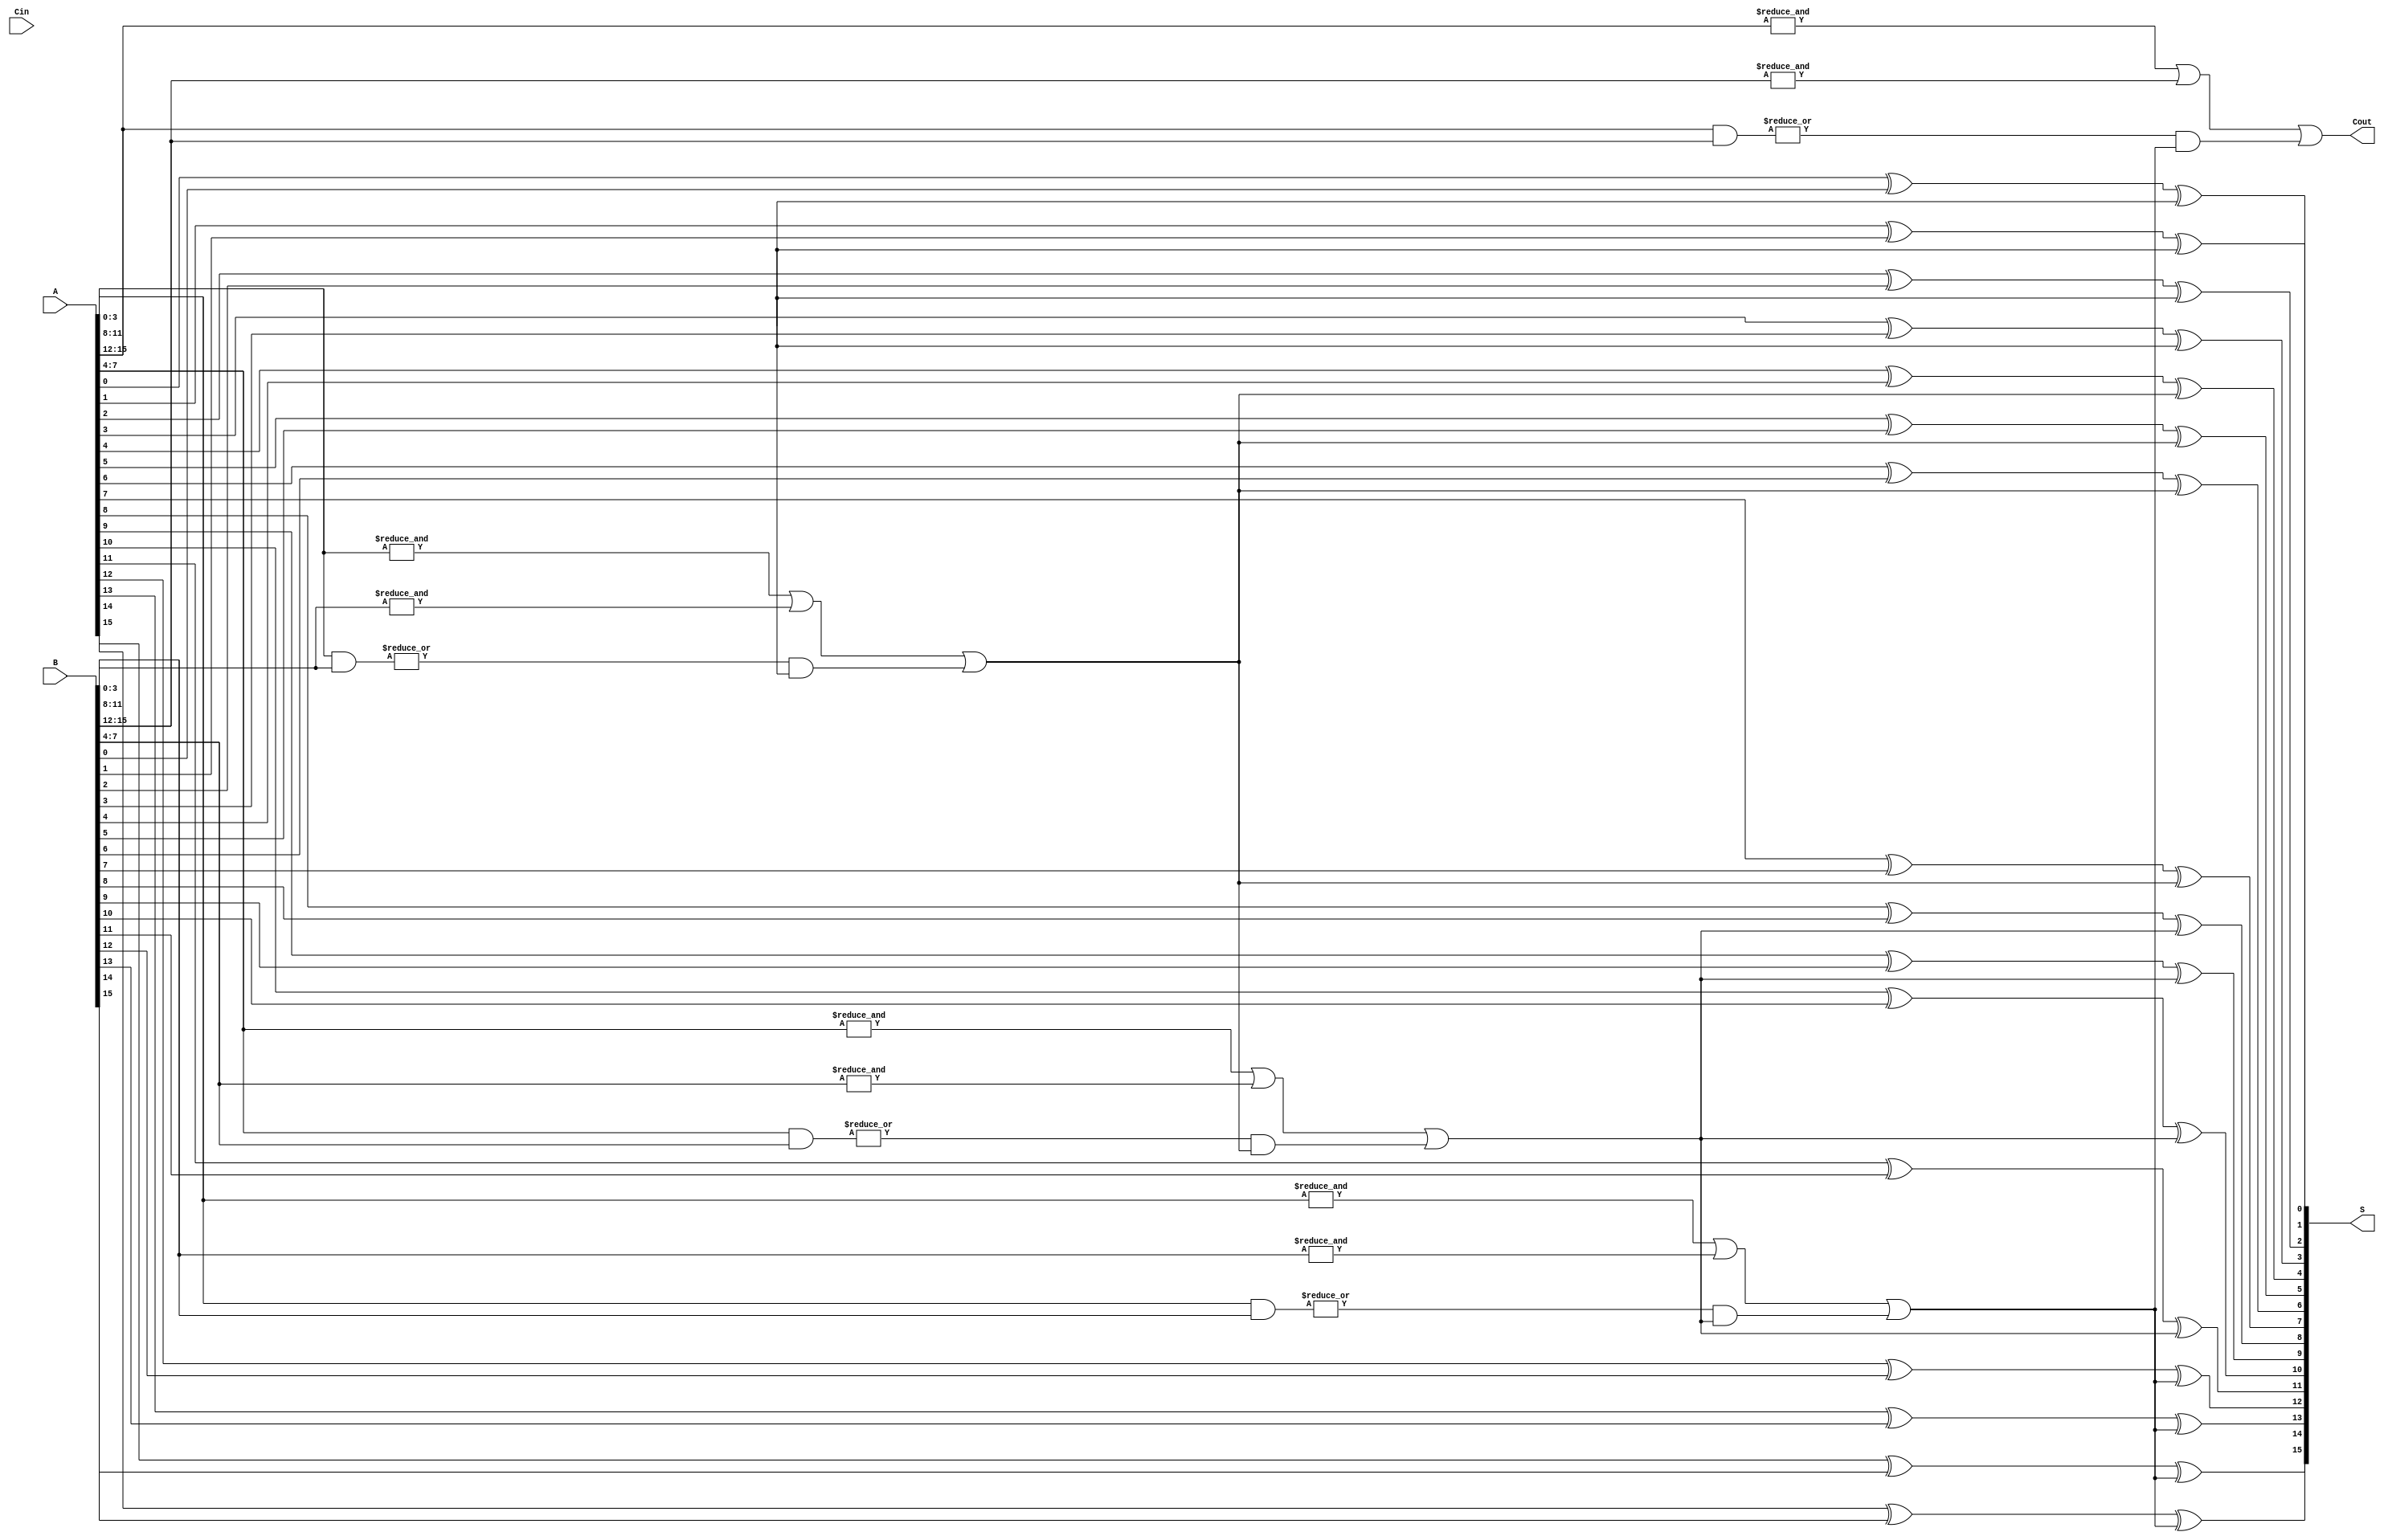
module PrecomputationCarryAdder #(
    parameter N = 16 // Total number of bits for input A and B
) (
    input  [N-1:0] A,    // First n-bit binary number
    input  [N-1:0] B,    // Second n-bit binary number
    input          Cin,   // Carry-in signal
    output [N-1:0] S,    // Sum output
    output         Cout    // Carry-out signal
);

    // Number of groups based on group size
    localparam GROUP_SIZE = 4;
    localparam NUM_GROUPS = N / GROUP_SIZE;

    // Carry generation and propagation
    wire [NUM_GROUPS-1:0] P; // Propagate signals
    wire [NUM_GROUPS-1:0] G; // Generate signals
    wire [NUM_GROUPS:0] C;    // Carry signals (C[0] = Cin)

    // Generate and propagate for each group
    genvar i;
    generate
        for (i = 0; i < NUM_GROUPS; i = i + 1) begin : carry_gen
            wire [GROUP_SIZE-1:0] A_group = A[i*GROUP_SIZE +: GROUP_SIZE];
            wire [GROUP_SIZE-1:0] B_group = B[i*GROUP_SIZE +: GROUP_SIZE];

            // Generate and propagate
            assign P[i] = |(A_group & B_group); // Propagate
            assign G[i] = &A_group | &B_group;  // Generate

            // Carry computation
            assign C[i+1] = G[i] | (P[i] & C[i]);
        end
    endgenerate

    // Sum calculation
    generate
        for (i = 0; i < N; i = i + 1) begin : sum_calc
            // Determine the group index
            wire [GROUP_SIZE-1:0] A_group = A[i / GROUP_SIZE * GROUP_SIZE +: GROUP_SIZE];
            wire [GROUP_SIZE-1:0] B_group = B[i / GROUP_SIZE * GROUP_SIZE +: GROUP_SIZE];
            wire carry_in = C[i / GROUP_SIZE];

            // Sum calculation
            assign S[i] = A[i] ^ B[i] ^ carry_in;
        end
    endgenerate

    // Final carry-out
    assign Cout = C[NUM_GROUPS];

endmodule